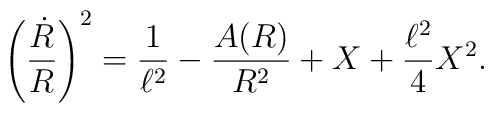
\left({\dot R\over R}\right)^2={1\over \ell^2}-{A(R)\over R^2}+X+{\ell^2\over 4} X^2.